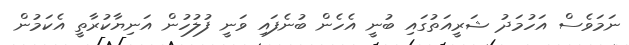
ނަމަވެސް އަހުމަދު ޝަރީއަތުގައި ބުނީ އެހެން ބުނެފައި ވަނީ ފުލުހުން އަނިޔާކުރާތީ އެކަމުން